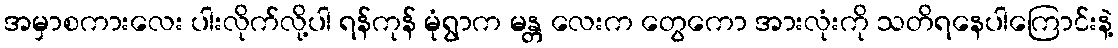
အမှာစကားလေး ပါးလိုက်လို့ပါ ရန်ကုန် မုံရွာက မန္တ လေးက တွေကော အားလုံးကို သတိရနေပါကြောင်းနဲ့